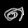
Digit: ၈